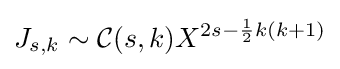
J_{s,k}\sim {\mathcal {C}}(s,k)X^{2s-{\frac {1}{2}}k(k+1)}